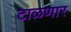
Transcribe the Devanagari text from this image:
टाळणार